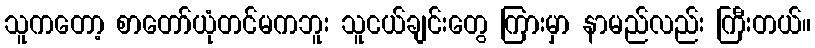
သူကတော့ စာတော်ယုံတင်မကဘူး သူငယ်ချင်းတွေ ကြားမှာ နာမည်လည်း ကြီးတယ်။